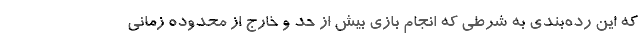
که این رده‌بندی به شرطی که انجام بازی بیش از حد و خارج از محدوده زمانی